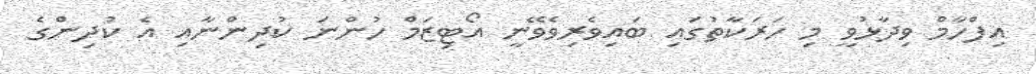
އިފްހާމް ވިދާޅުވީ މި ހަރަކާތުގައި ބައިވެރިވެވޭނީ އޯޓިޒަމް ހުންނަ ކުދިންނާއި އެ ކުދިންގެ